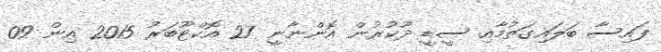
ފައިސާ ބަލައިގަތުމާއި ސީޑީ ދޫކުރުން އޮންނާނީ 27 އޮކްޓޫބަރު 2015 އިން 09